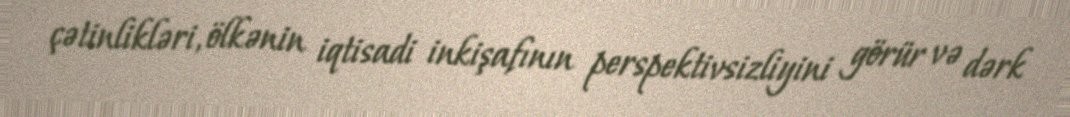
çətinlikləri, ölkənin iqtisadi inkişafının perspektivsizliyini görür və dərk